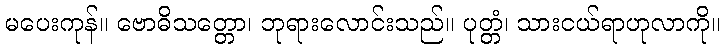
မပေးကုန်။ ဗောဓိသတ္တော၊ ဘုရားလောင်းသည်။ ပုတ္တံ၊ သားငယ်ရာဟုလာကို။